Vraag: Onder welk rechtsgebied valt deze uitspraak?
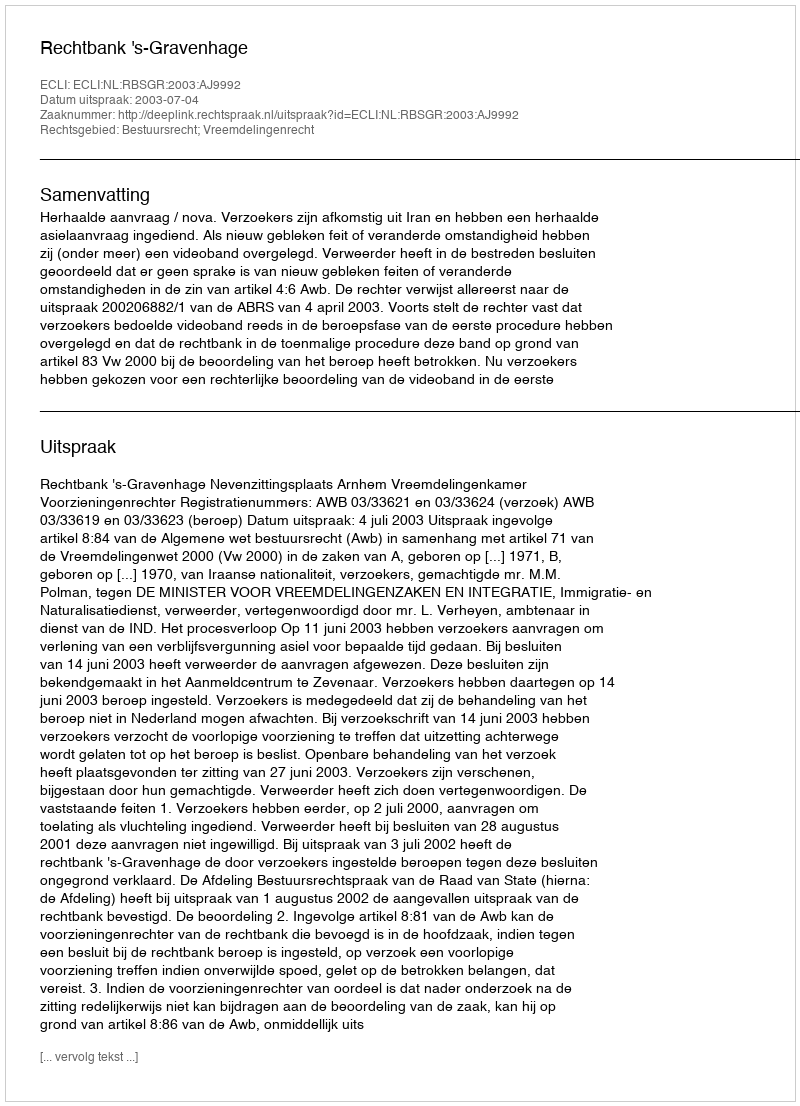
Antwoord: Bestuursrecht; Vreemdelingenrecht